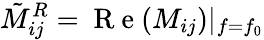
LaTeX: \tilde{M}_{ij}^{R}=\mathrm{~R~e~}(M_{ij})|_{f=f_{0}}